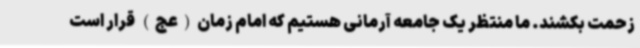
زحمت بکشند. ما منتظر یک جامعه آرمانی هستیم که امام زمان(عج) قرار است